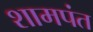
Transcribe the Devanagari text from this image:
शामपंत